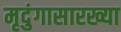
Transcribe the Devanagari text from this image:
मृदुंगासारख्या